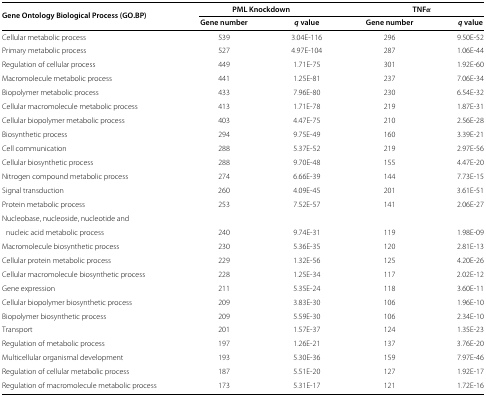
<table><thead><tr><td rowspan="2"><b>Gene Ontology Biological Process (GO.BP)</b></td><td colspan="2"><b>PML Knockdown</b></td><td colspan="2"><b>TNF<i>α</i></b></td></tr><tr><td><b>Gene number</b></td><td><b><i>q </i>value</b></td><td><b>Gene number</b></td><td><b><i>q </i>value</b></td></tr></thead><tbody><tr><td>Cellular metabolic process</td><td>539</td><td>3.04E-116</td><td>296</td><td>9.50E-52</td></tr><tr><td>Primary metabolic process</td><td>527</td><td>4.97E-104</td><td>287</td><td>1.06E-44</td></tr><tr><td>Regulation of cellular process</td><td>449</td><td>1.71E-75</td><td>301</td><td>1.92E-60</td></tr><tr><td>Macromolecule metabolic process</td><td>441</td><td>1.25E-81</td><td>237</td><td>7.06E-34</td></tr><tr><td>Biopolymer metabolic process</td><td>433</td><td>7.96E-80</td><td>230</td><td>6.54E-32</td></tr><tr><td>Cellular macromolecule metabolic process</td><td>413</td><td>1.71E-78</td><td>219</td><td>1.87E-31</td></tr><tr><td>Cellular biopolymer metabolic process</td><td>403</td><td>4.47E-75</td><td>210</td><td>2.56E-28</td></tr><tr><td>Biosynthetic process</td><td>294</td><td>9.75E-49</td><td>160</td><td>3.39E-21</td></tr><tr><td>Cell communication</td><td>288</td><td>5.37E-52</td><td>219</td><td>2.97E-56</td></tr><tr><td>Cellular biosynthetic process</td><td>288</td><td>9.70E-48</td><td>155</td><td>4.47E-20</td></tr><tr><td>Nitrogen compound metabolic process</td><td>274</td><td>6.66E-39</td><td>144</td><td>7.73E-15</td></tr><tr><td>Signal transduction</td><td>260</td><td>4.09E-45</td><td>201</td><td>3.61E-51</td></tr><tr><td>Protein metabolic process</td><td>253</td><td>7.52E-57</td><td>141</td><td>2.06E-27</td></tr><tr><td>Nucleobase, nucleoside, nucleotide and nucleic acid metabolic process</td><td>240</td><td>9.74E-31</td><td>119</td><td>1.98E-09</td></tr><tr><td>Macromolecule biosynthetic process</td><td>230</td><td>5.36E-35</td><td>120</td><td>2.81E-13</td></tr><tr><td>Cellular protein metabolic process</td><td>229</td><td>1.32E-56</td><td>125</td><td>4.20E-26</td></tr><tr><td>Cellular macromolecule biosynthetic process</td><td>228</td><td>1.25E-34</td><td>117</td><td>2.02E-12</td></tr><tr><td>Gene expression</td><td>211</td><td>5.35E-24</td><td>118</td><td>3.60E-11</td></tr><tr><td>Cellular biopolymer biosynthetic process</td><td>209</td><td>3.83E-30</td><td>106</td><td>1.96E-10</td></tr><tr><td>Biopolymer biosynthetic process</td><td>209</td><td>5.59E-30</td><td>106</td><td>2.34E-10</td></tr><tr><td>Transport</td><td>201</td><td>1.57E-37</td><td>124</td><td>1.35E-23</td></tr><tr><td>Regulation of metabolic process</td><td>197</td><td>1.26E-21</td><td>137</td><td>3.76E-20</td></tr><tr><td>Multicellular organismal development</td><td>193</td><td>5.30E-36</td><td>159</td><td>7.97E-46</td></tr><tr><td>Regulation of cellular metabolic process</td><td>187</td><td>5.51E-20</td><td>127</td><td>1.92E-17</td></tr><tr><td>Regulation of macromolecule metabolic process</td><td>173</td><td>5.31E-17</td><td>121</td><td>1.72E-16</td></tr></tbody></table>